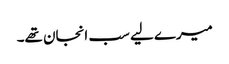
میرے لیے سب انجان تھے۔